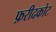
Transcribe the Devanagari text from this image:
फ़रीदकोट